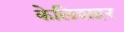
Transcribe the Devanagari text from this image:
केलिशहर